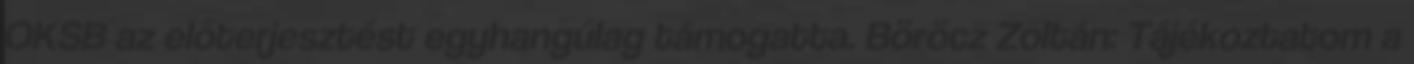
OKSB az előterjesztést egyhangúlag támogatta. Böröcz Zoltán: Tájékoztatom a